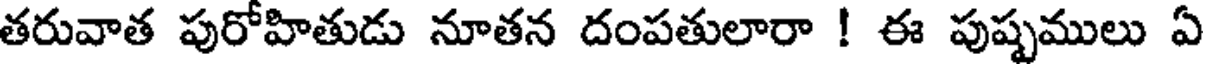
తరువాత పురోహితుడు నూతన దంపతులారా ! ఈ పుష్పములు ఏ